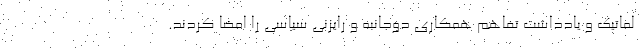
لماتیک و یادداشت تفاهم همکاری دوجانبه و رایزنی سیاسی را امضا کردند.